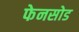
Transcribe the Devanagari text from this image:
फेनसोड